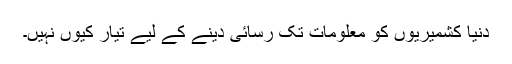
دنیا کشمیریوں کو معلومات تک رسائی دینے کے لیے تیار کیوں نہیں۔